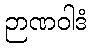
ဉာဏဝါဒံ